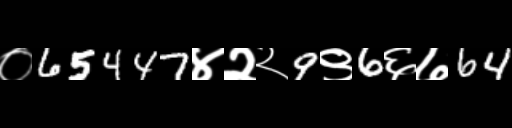
Text: ०65447४२२9९6६७64